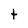
Character: t